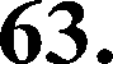
63.